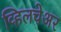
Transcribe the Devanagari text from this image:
व्हिलचेअर